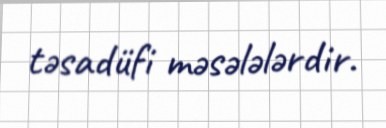
təsadüfi məsələlərdir.